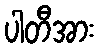
ပါတီအား